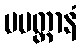
ပမတ္တာနံ